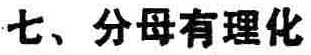
七、分母有理化